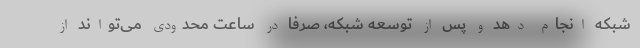
شبکه انجام دهد و پس از توسعه شبکه، صرفا در ساعت محدودی می‌تواند از